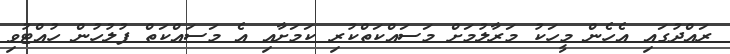
ރައްދުގައި އެހެން މީހަކު މަރާލުމަށް މަސައްކަތްކުރި ކަމަށާއި އެ މަސައްކަތް ފުލުހުން ހުއްޓުވި